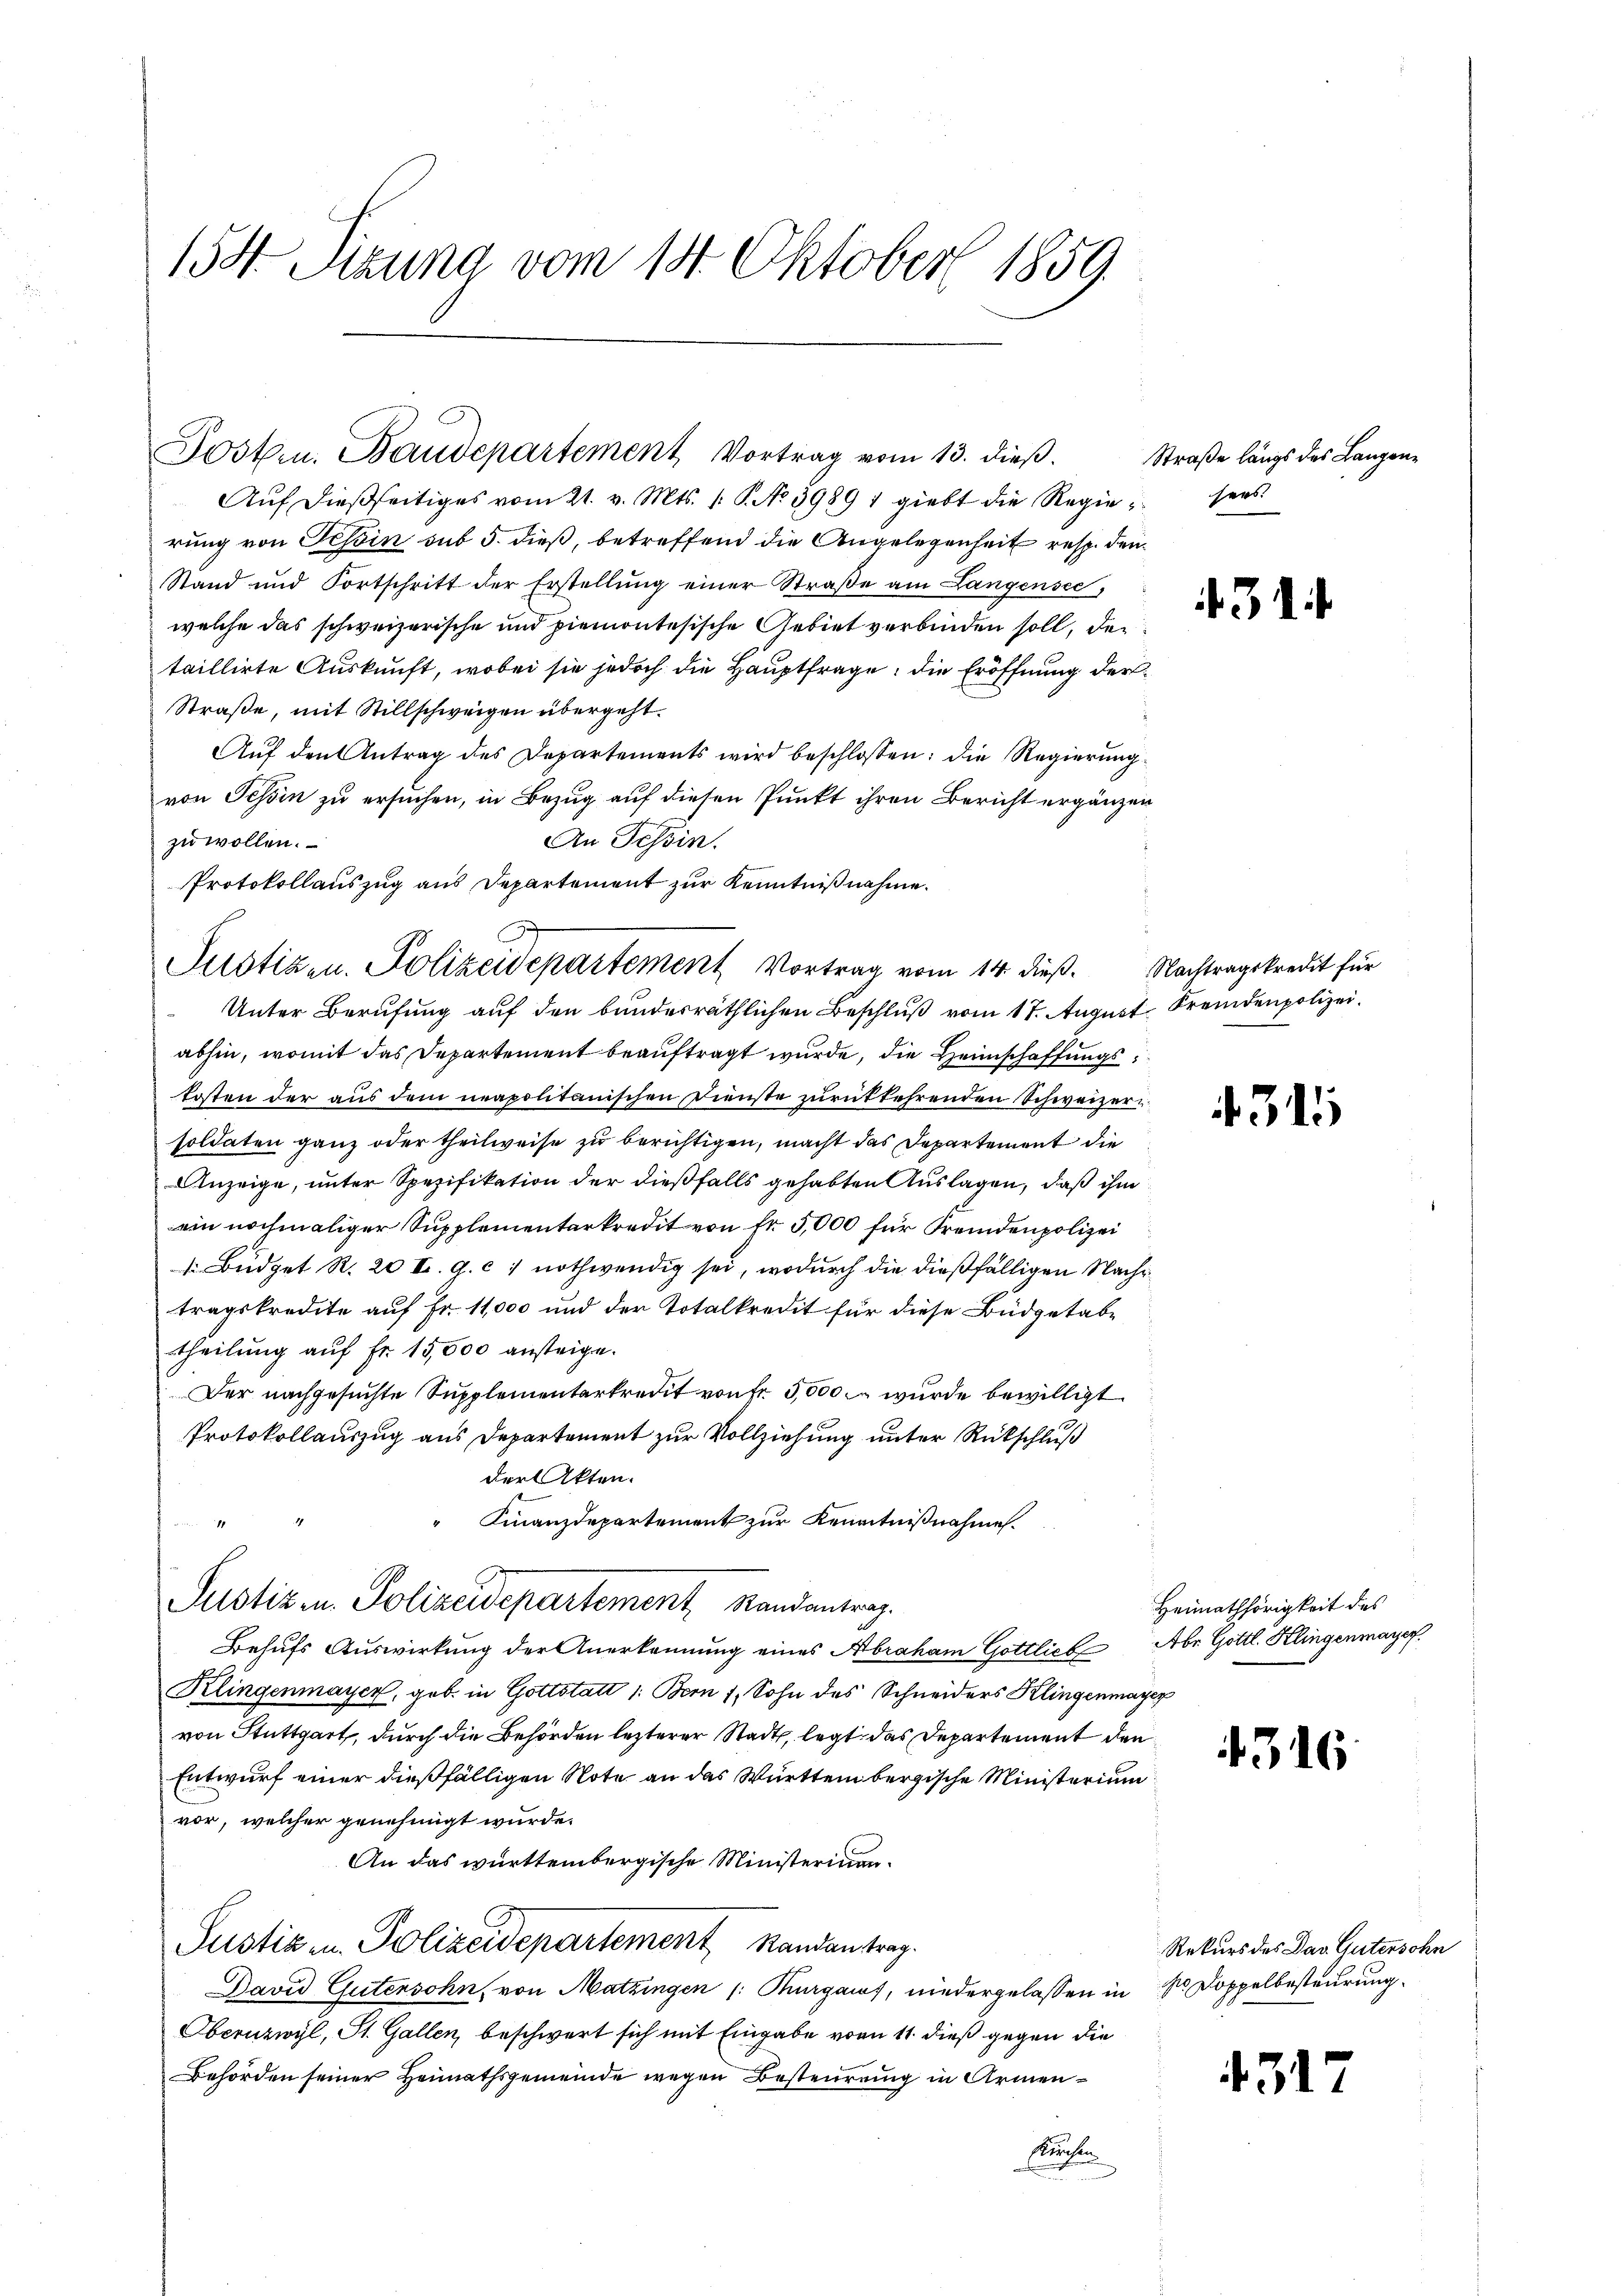
158. Sitzung vom 14. Oktober 1859.

Auf dießseitiges vom 21. v. Mts. 1. P. No 39891 giebt die Regieusees
rung von Tessin sub 5. dieß, betreffend die Angelegenheit resp. den
Stand und Fortschritt der Erstellŭng einer Straβe am Langensee,
welche das schweizerische und piemontesische Gebiet verbinden soll, der
taillirte Auskunft, wobei sie jedoch die Hauptfrage, die Eröffnung der
Straße, mit Stillschweigen übergeht.
Auf den Antrag des Departements wird beschlossen: die Regierungvon Tessin zu ersuchen, in Bezug auf diesen Punkt ihren Bericht ergänzen
An Tessin.
zu wollen.
Protokollauszug aus Departement zur Kenntnißnahme.
Unter Berufung auf den bunderräthlichen Beschluß vom 17. August Fremdenpolizeiabhin, womit das Departement beauftragt wurde, die Heimschaffungskosten der aus dem neapolitanischen Dienste zurückkehrenden Schweizersoldaten ganz oder theilweise zu berichtigen, macht das Departement die
Anzeige, unter Spezifikation der dießfalls gehabten Auslagen, daß ihm
ein nochmaliger Supplementarkredit von Fr. 5,000 für Fremdenpolizei
. Büdget R. 20 I. G. c. nothwendig sei, wodurch die dießfälligen Nachtragskredite auf Fr. 11,000 und der Totalkredit für diese Budgetabtheilung auf Fr. 15,000 ansteige.
Der nachgesuchte Supplementarkredit von fr 5,000 wurde bewilligt.
Protokollauszug aus Departement zur Vollziehung unter Rückschluß
der Akten.
" Finanzdepartement zur Kenntnißnahme.
Justiz u. Polizeidepartement, Randantrag.
Behufs Auswirkung der Anerkennung eines Abraham Gottlich
Klingenmaycz, geb. in Gottstatt 1: Bern 1, Sohn des Schneiders Klingenmayer
von Stuttgart, durch die Behörden lezterer Stadt, legt das Departement den
Entwurf einer dießfälligen Note an das Württembergische Ministerium
vor, welcher genehmigt wurde.
An das württembergische Ministeriuan¬
Justiz u. Polizeidepartement Randantrag.
David Gutensohn, von Matzingen /: Kurgauf, niedergelassen in Dr Doppelbesteurung
Obernzwyl, St. Gallen, beschwert sich mit Eingabe von 11. dieß gegen die
Behörden seiner Heimathsgemeinde wegen Besteurung in Armen¬
Feuchen

Josten. Baudepartement Vortrag vom 13. dieβ.

.
Justizen. Polizeidepartement Vortrag vom 14. dieß. Nachtragskredit für

Straße längs des Langen¬

31

¬

4315

Heimathörigkeit des
Abe Gottl. Klingenmayer.

4316

Rekurs des Das Gutensohn

4317